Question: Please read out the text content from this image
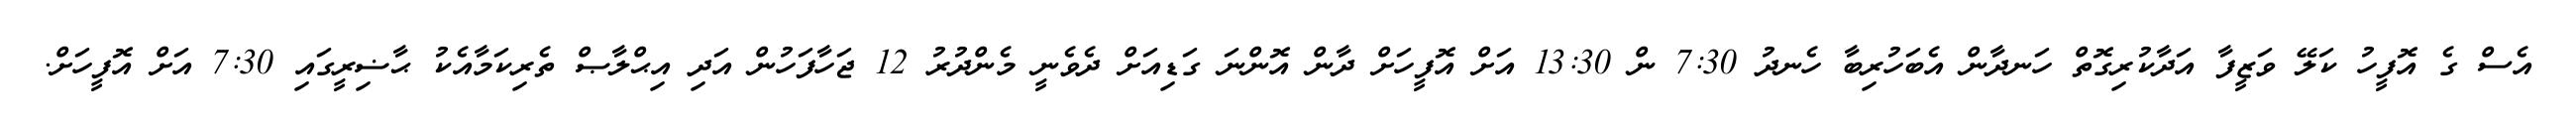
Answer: އެސް ގެ އޮފީހު ކަލޭ ވަޒީފާ އަދާކުރިގޮތް ހަނދާން އެބަހުރިބާ ހެނދު 7:30 ން 13:30 އަށް އޮފީހަށް ދާން އޮންނަ ގަޑިއަށް ދެވެނީ މެންދުރު 12 ޖަހާފަހުން އަދި އިޙްލާޞް ތެރިކަމާއެކު ޙާޟިރީގައި 7:30 އަށް އޮފީހަށް.